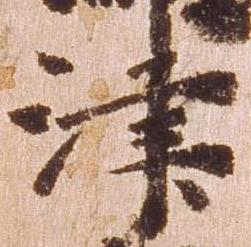
津